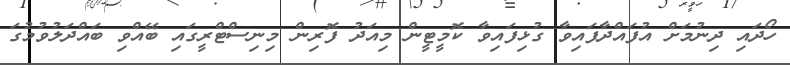
ހޯދައި ދިނުމަށް އުފައްދާފައިވާ ގުޅިފައިވާ ކޮމީޓީން މިއަދު ފޮރިން މިނިސްޓްރީގައި ބޭއްވި ބައްދަލުވުމުގަ